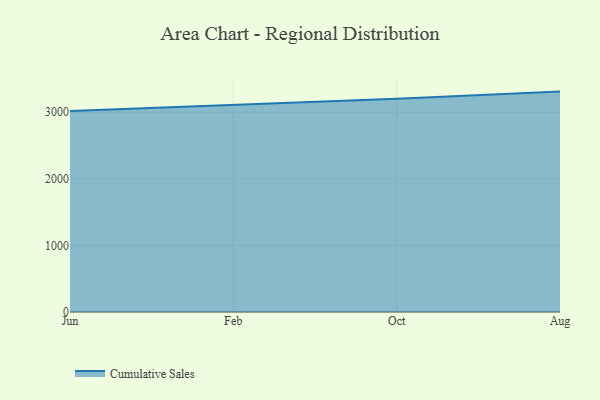
{"axis": {"x": "Month", "y": "LTV (USD)"}, "legend": ["Cumulative Sales"], "data": [{"x": "Jun", "y": 3018.5, "type": "Cumulative Sales"}, {"x": "Feb", "y": 3107.9, "type": "Cumulative Sales"}, {"x": "Oct", "y": 3201.6, "type": "Cumulative Sales"}, {"x": "Aug", "y": 3310.2, "type": "Cumulative Sales"}]}